Report of the veterinary officer investigating camel disease
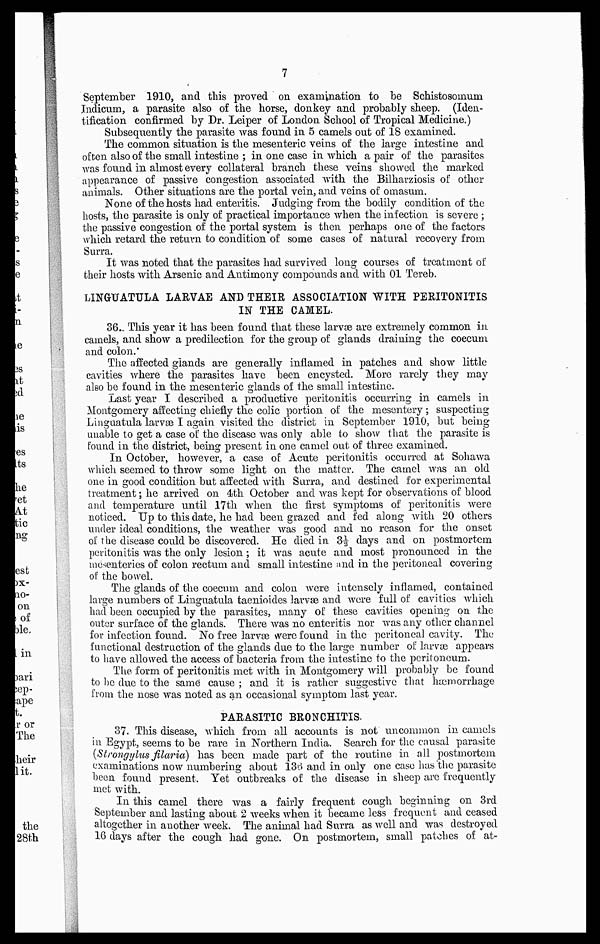
7
September 1910, and this proved on examination to be Schistosomum
Indicum, a parasite also of the horse, donkey and probably sheep. (Iden-
tification confirmed by Dr. Leiper of London School of Tropical Medicine.)
Subsequently the parasite was found in 5 camels out of 18 examined.
The common situation is the mesenteric veins of the large intestine and
often also of the small intestine ; in one case in which a pair of the parasites
was found in almost every collateral branch these veins showed the marked
appearance of passive congestion associated with the Bilharziosis of other
animals. Other situations are the portal vein, and veins of omasum.
None of the hosts had enteritis. Judging from the bodily condition of the
hosts, the parasite is only of practical importance when the infection is severe ;
the passive congestion of the portal system is then perhaps one of the factors
which retard the return to condition of some cases of natural recovery from
Surra.
It was noted that the parasites had survived long courses of treatment of
their hosts with Arsenic and Antimony compounds and with 01 Tereb.
LINGUATULA LARVAE AND THEIR ASSOCIATION WITH PERITONITIS
IN THE CAMEL.
36. This year it has been found that these larvae are extremely common in
camels, and show a predilection for the group of glands draining the coecum
and colon.
The affected glands are generally inflamed in patches and show little
cavities where the parasites have been encysted. More rarely they may
also be found in the mesenteric glands of the small intestine.
Last year I described a productive peritonitis occurring in camels in
Montgomery affecting chiefly the colic portion of the mesentery ; suspecting
Linguatula larvæ I again visited the district in September 1910, but being
unable to get a case of the disease was only able to show that the parasite is
found in the district, being present in one camel out of three examined.
In October, however, a case of Acute peritonitis occurred at Sohawa
which seemed to throw some light on the matter. The camel was an old
one in good condition but affected with Surra, and destined for experimental
treatment ; he arrived on 4th October and was kept for observations of blood
and temperature until 17th when the first symptoms of peritonitis were
noticed. Up to this date, he had been grazed and fed along with 20 others
under ideal conditions, the weather was good and no reason for the onset
of the disease could be discovered. He died in 3½ days and on postmortem
peritonitis was the only lesion ; it was acute and most pronounced in the
mesenteries of colon rectum and small intestine and in the peritoneal covering
of the bowel.
The glands of the coecum and colon were intensely inflamed, contained
large numbers of Linguatula taenioides larvae and were full of cavities which
had been occupied by the parasites, many of these cavities opening on the
outer surface of the glands. There was no enteritis nor was any other channel
for infection found. No free larvae were found in the peritoneal cavity. The
functional destruction of the glands due to the large number of larvae appears
to have allowed the access of bacteria from the intestine to the peritoneum.
The form of peritonitis met with in Montgomery will probably be found
to be due to the same cause ; and it is rather suggestive that haemorrhage
from the nose was noted as an occasional symptom last year.
PARASITIC BRONCHITIS.
37. This disease, which from all accounts is not uncommon in camels
in Egypt, seems to be rare in Northern India. Search for the causal parasite
(Strongylus filaria) has been made part of the routine in all postmortem
examinations now numbering about 136 and in only one case has the parasite
been found present. Yet outbreaks of the disease in sheep are frequently
met with.
In this camel there was a fairly frequent cough beginning on 3rd
September and lasting about 2 weeks when it became less frequent and ceased
altogether in another week. The animal had Surra as well and was destroyed
16 days after the cough had gone. On postmortem, small patches of at